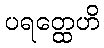
ပရတ္ထေဟိ